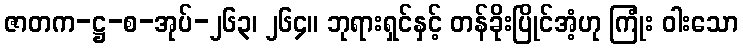
ဇာတက-ဋ္ဌ-စ-အုပ်-၂၆၃၊ ၂၆၄။ ဘုရားရှင်နှင့် တန်ခိုးပြိုင်အံ့ဟု ကြုံး ဝါးသော